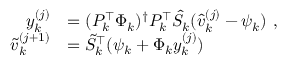
\begin{array} { r l } { y _ { k } ^ { ( j ) } } & { = ( P _ { k } ^ { \top } \Phi _ { k } ) ^ { \dagger } P _ { k } ^ { \top } \hat { S } _ { k } ( \hat { v } _ { k } ^ { ( j ) } - \psi _ { k } ) \mathrm { ~ , } } \\ { \tilde { v } _ { k } ^ { ( j + 1 ) } } & { = \tilde { S } _ { k } ^ { \top } ( \psi _ { k } + \Phi _ { k } y _ { k } ^ { ( j ) } ) } \end{array}